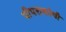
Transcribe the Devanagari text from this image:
पीपराकोथी